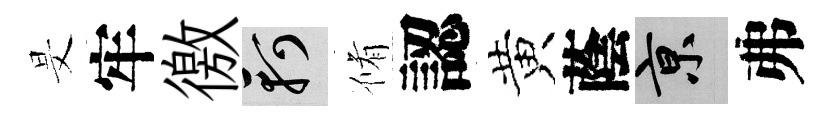
旻牢徼軻脩認黄蔭京弗